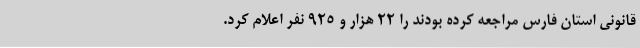
قانونی استان فارس مراجعه کرده بودند را 22 هزار و 925 نفر اعلام کرد.